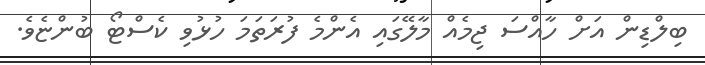
ބިލްޑިން އަށް ހާއްސަ ޖިމެއް މާލޭގައި އެންމެ ފުރަތަމަ ހުޅުވި ކެސްޓޯ ބުންޏެވެ.